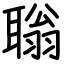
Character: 聬